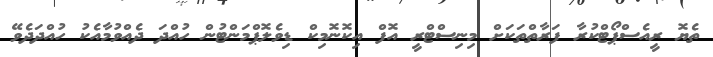
ތެޔޮ ރީއެސްޕޯޓްކުރާ ފަރާތްތަކަށް މިނިސްޓްރީ އޮފް އިކޮނޮމިކް ޑިވެލޮޕްމަންޓުން ހުއްދަ ދެއްވުމާއެކު ހުއްދަދެވޭ